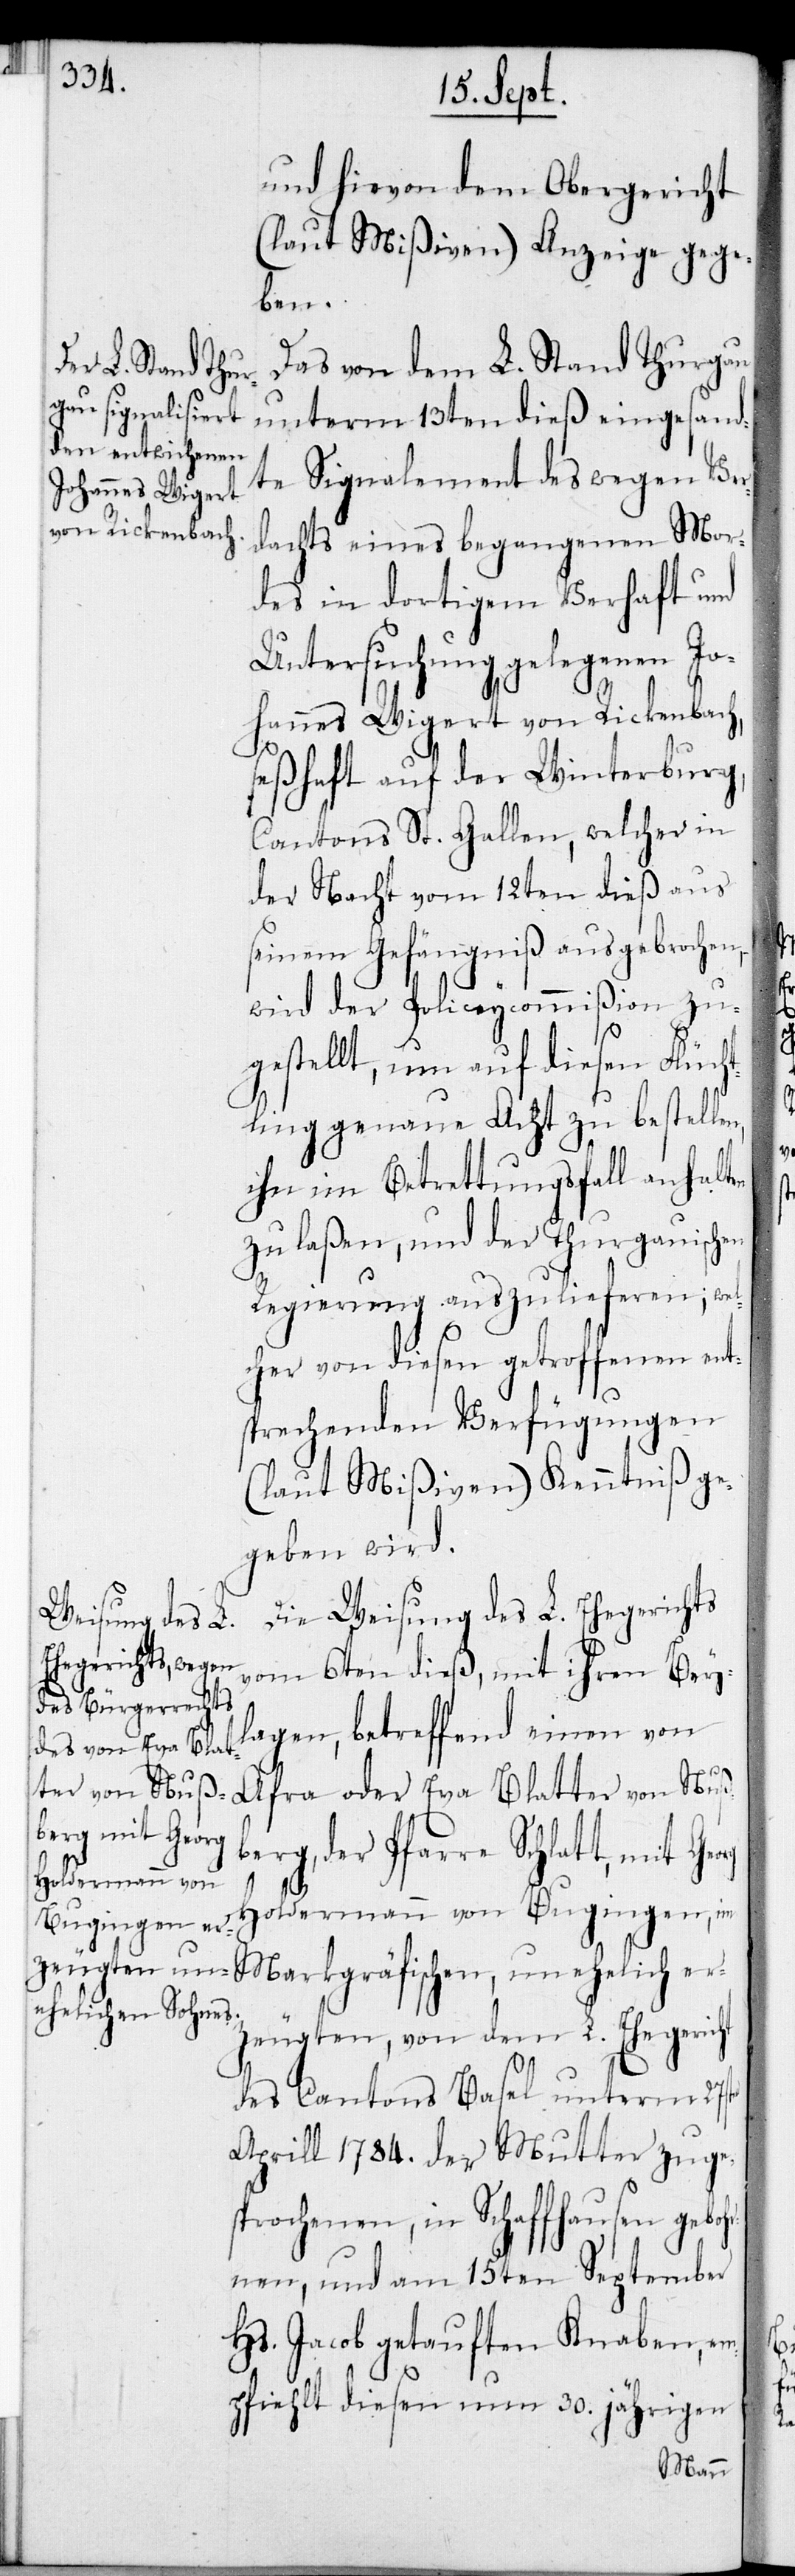
und hievon dem Obergericht
(laut Mißiven) Anzeige gege¬
ben.
Das von dem L. Stand Thurgau
unterm 13ten dieß eingesand¬
te Signalement des wegen Ver¬
dachts eines begangenen Mor¬
des in dortigem Verhaft und
Untersuchung gelegenen Jo¬
hannes Wigert von Rickenbach,
seßhaft auf der Winterburg,
Cantons St. Gallen, welcher in
der Nacht vom 12ten dieß aus
seinem Gefängniß ausgebrochen,
wird der Polizeycommißion zu¬
gestellt, um auf diesen Flücht¬
ling genau Acht zu bestellen,
ihn im Betrettungsfall anhalten
zu laßen, und der Thurgauischen
Regierung auszulieferen; wel¬
cher von diesen getroffenen ent¬
sprechenden Verfügungen
(laut Mißiven) Kenntniß ge¬
geben wird.
Die Weisung des L. Ehegerichts
vom 6ten dieß, mit ihren Bey¬
lagen, betreffend einen von
Afra oder Eva Blatter von Nuß¬
berg, der Pfarre Schlatt, mit
Holdermann von
Bugingen, im Markgräfischen, unehelich er¬
zeugten, von dem L. Ehegericht
des Cantons Basel unterm 27ten
Aprill 1784. der Mutter zuge¬
sprochenen, in Schaffhausen gebo¬
hrnen, und am 15ten September
Hs. Jacob getauften Knaben, em¬
pfiehlt diesen nun 30. jährigen